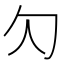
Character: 勽